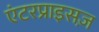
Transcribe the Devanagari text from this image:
एंटरप्राइसज़